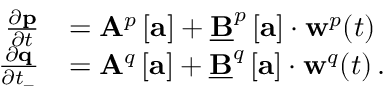
\begin{array} { r l } { \frac { \partial \mathbf { p } } { \partial t } } & { = \mathbf { A } ^ { p } \left[ \mathbf { a } \right] + \underline { { \mathbf { B } } } ^ { p } \left[ \mathbf { a } \right] \cdot \mathbf { w } ^ { p } ( t ) \, } \\ { \frac { \partial \mathbf { q } } { \partial t _ { - } } } & { = \mathbf { A } ^ { q } \left[ \mathbf { a } \right] + \underline { { \mathbf { B } } } ^ { q } \left[ \mathbf { a } \right] \cdot \mathbf { w } ^ { q } ( t ) \, . } \end{array}